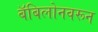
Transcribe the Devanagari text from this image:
बॅबिलोनवरून